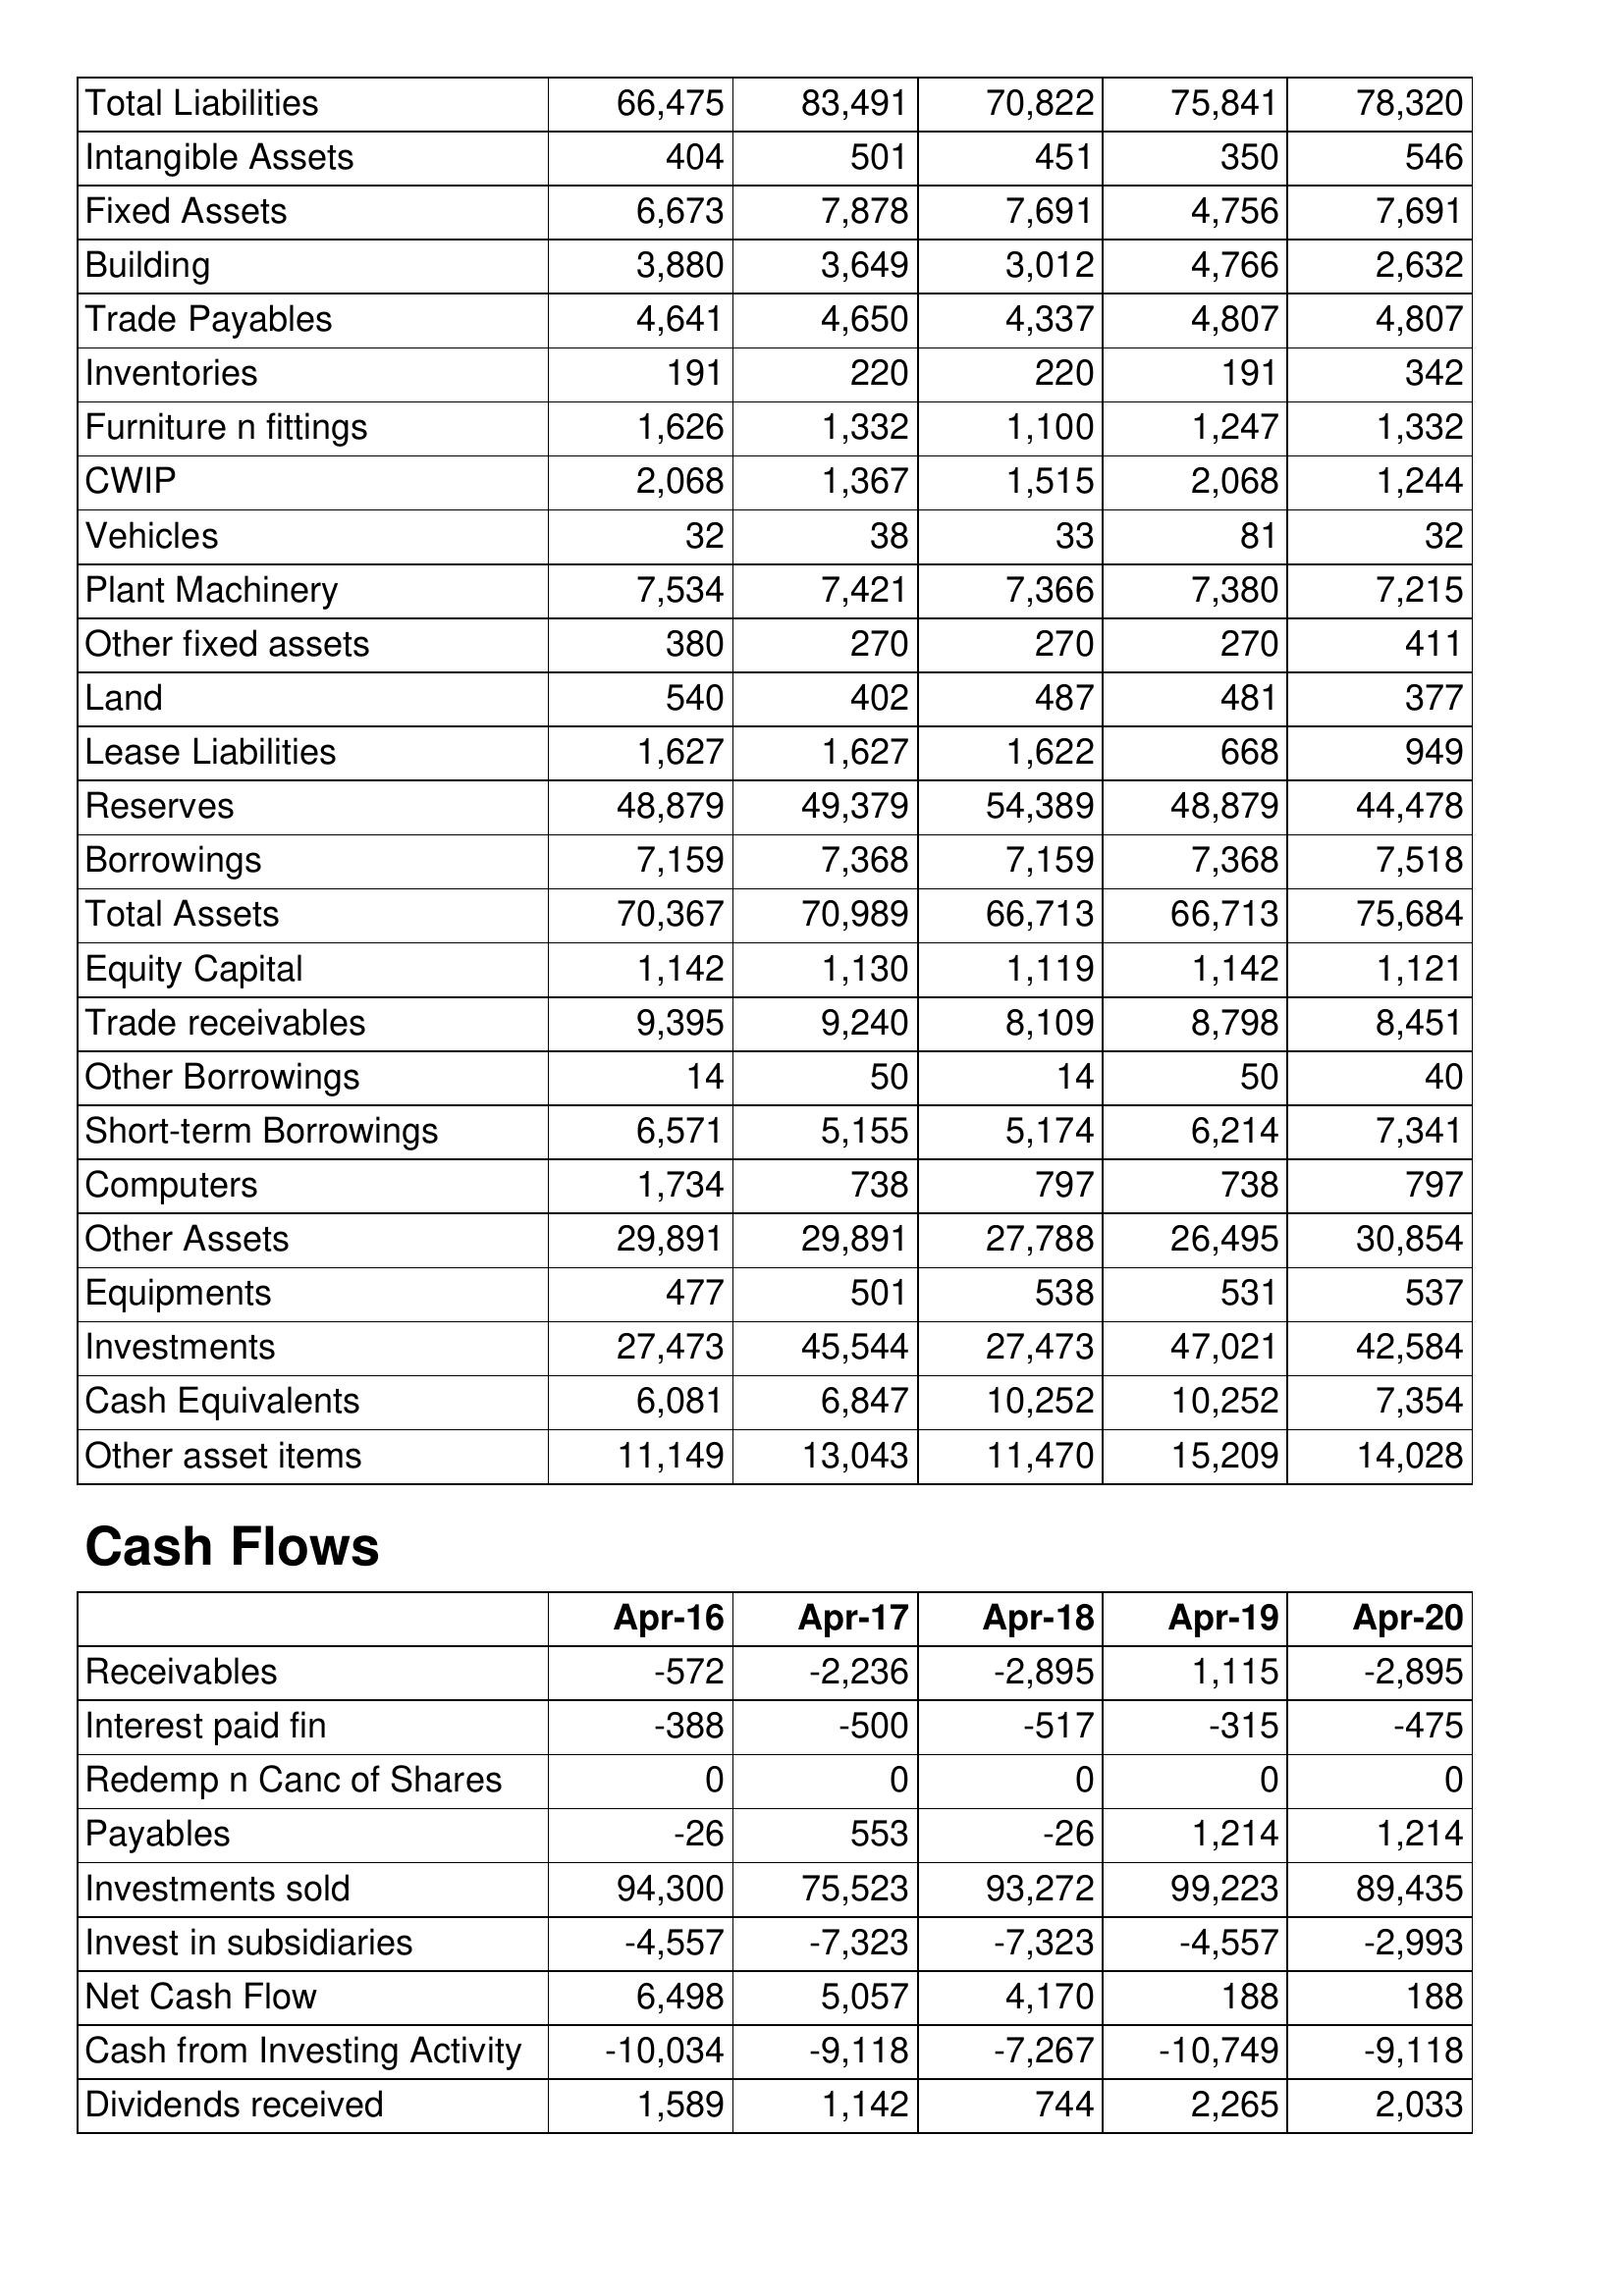
Apr-16: Balance Sheet: Total Liabilities: 66,475
Intangible Assets: 404
Fixed Assets: 6,673
Building: 3,880
Trade Payables: 4,641
Inventories: 191
Furniture n fittings: 1,626
CWIP: 2,068
Vehicles: 32
Plant Machinery: 7,534
Other fixed assets: 380
Land: 540
Lease Liabilities: 1,627
Reserves: 48,879
Borrowings: 7,159
Total Assets: 70,367
Equity Capital: 1,142
Trade receivables: 9,395
Other Borrowings: 14
Short-term Borrowings: 6,571
Computers: 1,734
Other Assets: 29,891
Equipments: 477
Investments: 27,473
Cash Equivalents: 6,081
Other asset items: 11,149
Cash Flows: Receivables: -572
Interest paid fin: -388
Redemp n Canc of Shares: 0
Payables: -26
Investments sold: 94,300
Invest in subsidiaries: -4,557
Net Cash Flow: 6,498
Cash from Investing Activity: -10,034
Dividends received: 1,589
Apr-17: Balance Sheet: Total Liabilities: 83,491
Intangible Assets: 501
Fixed Assets: 7,878
Building: 3,649
Trade Payables: 4,650
Inventories: 220
Furniture n fittings: 1,332
CWIP: 1,367
Vehicles: 38
Plant Machinery: 7,421
Other fixed assets: 270
Land: 402
Lease Liabilities: 1,627
Reserves: 49,379
Borrowings: 7,368
Total Assets: 70,989
Equity Capital: 1,130
Trade receivables: 9,240
Other Borrowings: 50
Short-term Borrowings: 5,155
Computers: 738
Other Assets: 29,891
Equipments: 501
Investments: 45,544
Cash Equivalents: 6,847
Other asset items: 13,043
Cash Flows: Receivables: -2,236
Interest paid fin: -500
Redemp n Canc of Shares: 0
Payables: 553
Investments sold: 75,523
Invest in subsidiaries: -7,323
Net Cash Flow: 5,057
Cash from Investing Activity: -9,118
Dividends received: 1,142
Apr-18: Balance Sheet: Total Liabilities: 70,822
Intangible Assets: 451
Fixed Assets: 7,691
Building: 3,012
Trade Payables: 4,337
Inventories: 220
Furniture n fittings: 1,100
CWIP: 1,515
Vehicles: 33
Plant Machinery: 7,366
Other fixed assets: 270
Land: 487
Lease Liabilities: 1,622
Reserves: 54,389
Borrowings: 7,159
Total Assets: 66,713
Equity Capital: 1,119
Trade receivables: 8,109
Other Borrowings: 14
Short-term Borrowings: 5,174
Computers: 797
Other Assets: 27,788
Equipments: 538
Investments: 27,473
Cash Equivalents: 10,252
Other asset items: 11,470
Cash Flows: Receivables: -2,895
Interest paid fin: -517
Redemp n Canc of Shares: 0
Payables: -26
Investments sold: 93,272
Invest in subsidiaries: -7,323
Net Cash Flow: 4,170
Cash from Investing Activity: -7,267
Dividends received: 744
Apr-19: Balance Sheet: Total Liabilities: 75,841
Intangible Assets: 350
Fixed Assets: 4,756
Building: 4,766
Trade Payables: 4,807
Inventories: 191
Furniture n fittings: 1,247
CWIP: 2,068
Vehicles: 81
Plant Machinery: 7,380
Other fixed assets: 270
Land: 481
Lease Liabilities: 668
Reserves: 48,879
Borrowings: 7,368
Total Assets: 66,713
Equity Capital: 1,142
Trade receivables: 8,798
Other Borrowings: 50
Short-term Borrowings: 6,214
Computers: 738
Other Assets: 26,495
Equipments: 531
Investments: 47,021
Cash Equivalents: 10,252
Other asset items: 15,209
Cash Flows: Receivables: 1,115
Interest paid fin: -315
Redemp n Canc of Shares: 0
Payables: 1,214
Investments sold: 99,223
Invest in subsidiaries: -4,557
Net Cash Flow: 188
Cash from Investing Activity: -10,749
Dividends received: 2,265
Apr-20: Balance Sheet: Total Liabilities: 78,320
Intangible Assets: 546
Fixed Assets: 7,691
Building: 2,632
Trade Payables: 4,807
Inventories: 342
Furniture n fittings: 1,332
CWIP: 1,244
Vehicles: 32
Plant Machinery: 7,215
Other fixed assets: 411
Land: 377
Lease Liabilities: 949
Reserves: 44,478
Borrowings: 7,518
Total Assets: 75,684
Equity Capital: 1,121
Trade receivables: 8,451
Other Borrowings: 40
Short-term Borrowings: 7,341
Computers: 797
Other Assets: 30,854
Equipments: 537
Investments: 42,584
Cash Equivalents: 7,354
Other asset items: 14,028
Cash Flows: Receivables: -2,895
Interest paid fin: -475
Redemp n Canc of Shares: 0
Payables: 1,214
Investments sold: 89,435
Invest in subsidiaries: -2,993
Net Cash Flow: 188
Cash from Investing Activity: -9,118
Dividends received: 2,033